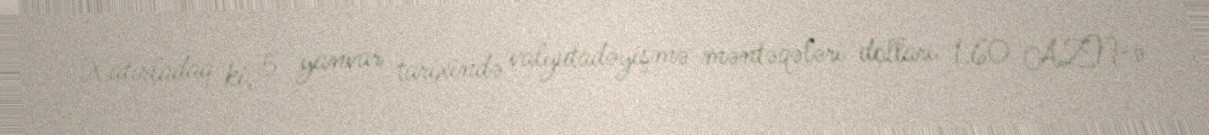
Xatırladaq ki, 5 yanvar tarixində valyutadəyişmə məntəqələri dolları 1.60 AZN-ə